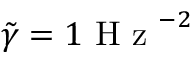
\tilde { \gamma } = 1 \textrm { H z } ^ { - 2 }